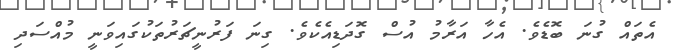
އެތައް ގުނަ ބޮޑެވެ. އެހާ އަރާމު އުސް ގޮދަޑިއެކެވެ. ގިނަ ފަރުނީޗަރުތަކުގައިވަނީ މުއްސަދި